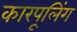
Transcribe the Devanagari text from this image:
कारपूलिंग